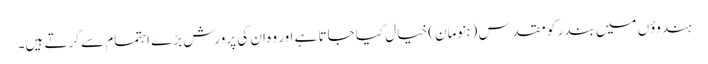
ہندوؤں میں بندر کو مقدس (ہنومان) خیال کیا جاتا ہے اور وہ ان کی پرورش بڑے اہتمام سے کرتے ہیں۔